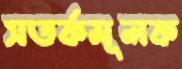
সতর্কমূলক